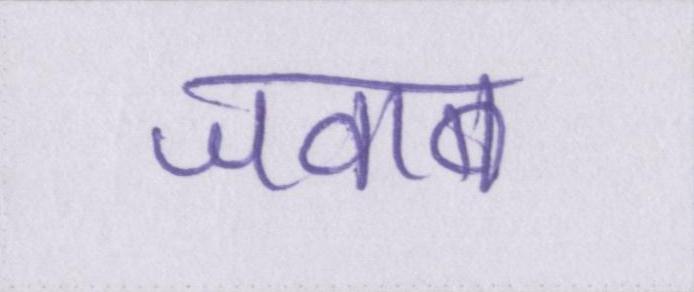
जवाब